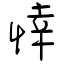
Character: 悻